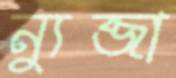
ন্যুব্জা